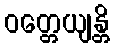
ဝတ္တေယျန္တိ